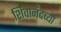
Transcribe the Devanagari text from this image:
शिवानंदच्या